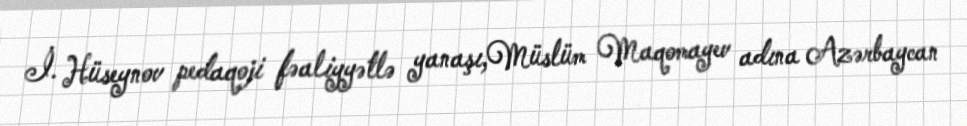
İ. Hüseynov pedaqoji fəaliyyətlə yanaşı,Müslüm Maqomayev adına Azərbaycan